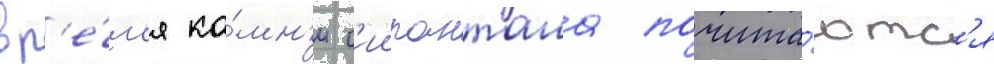
вр'е́м'я ка́мн'и с'иипанташа почита́ютс'я